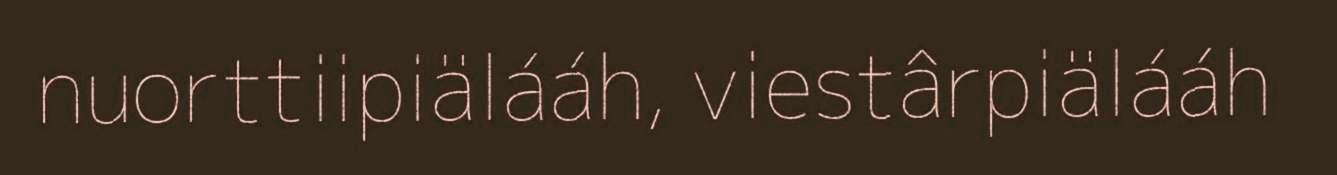
nuorttiipiälááh, viestârpiälááh